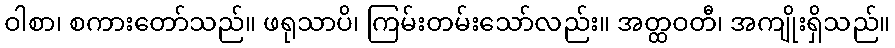
ဝါစာ၊ စကားတော်သည်။ ဖရုသာပိ၊ ကြမ်းတမ်းသော်လည်း။ အတ္ထဝတီ၊ အကျိုးရှိသည်။